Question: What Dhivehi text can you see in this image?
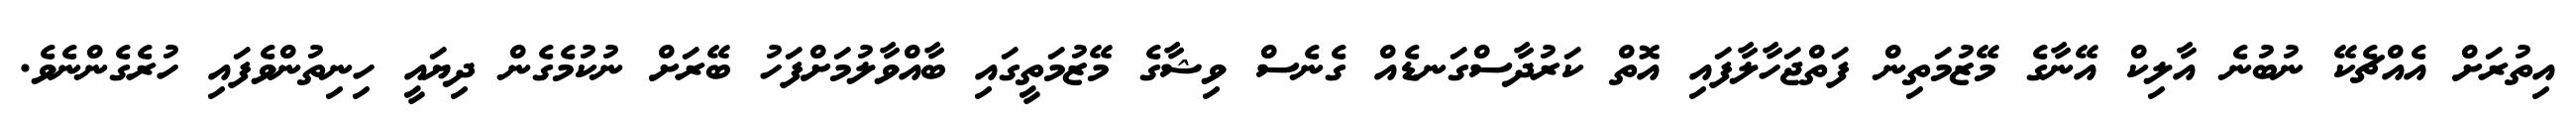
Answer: އިތުރަށް އެއްޗެކޭ ނުބުނެ އާލިކް އޭނާގެ މޭޒުމަތިން ފަތްޖަހާލާފައި އޮތް ކަރުދާސްގަނޑެއް ގެނެސް ވިޝާގެ މޭޒުމަތީގައި ބާއްވާލުމަށްފަހު ބޭރަށް ނުކުމެގެން ދިޔައީ ހިނިތުންވެފައި ހުރެގެންނެވެ.